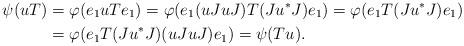
LaTeX: \begin{align*}\psi(u T) &= \varphi( e_1 u T e_1) = \varphi( e_1 (u JuJ) T (Ju^*J) e_1 ) = \varphi( e_1 T (J u^* J) e_1) \\&= \varphi( e_1 T (J u^* J) (u JuJ) e_1) = \psi(Tu).\end{align*}